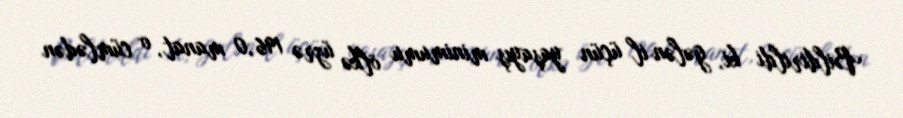
Bildirildi ki, gələn il üçün yaşayış minimumu ölkə üzrə 196,0 manat, o cümlədən